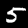
Label: 5